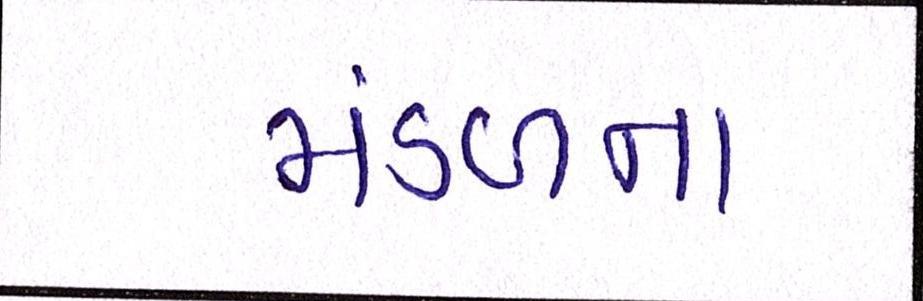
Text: મંડળના